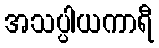
အသပ္ပါယကာရီ